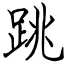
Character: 跳